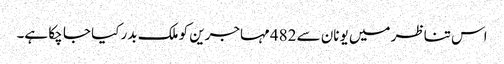
اس تناظر میں یونان سے 482 مہاجرین کو ملک بدر کیا جا چکا ہے۔